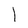
Character: 1